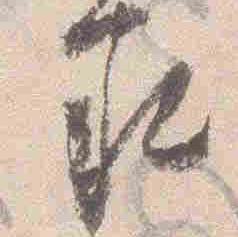
承